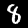
Digit: 8